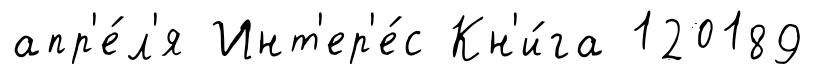
апр'е́л'я Инт'ер'е́с Кн'и́га 120189